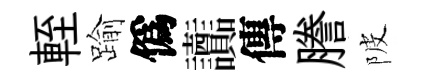
輊踰僞讟傳謄陂